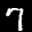
Label: 7